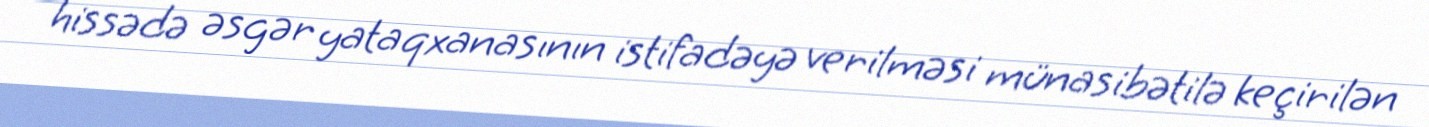
hissədə əsgər yataqxanasının istifadəyə verilməsi münasibətilə keçirilən